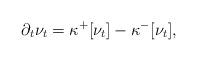
LaTeX: \begin{align*} \partial_t \nu_t =\kappa^+[\nu_t]-\kappa^-[\nu_t],\end{align*}